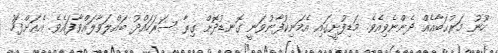
ހޫނު މަރުޙަބާއެއް ދެންނެވިއެވެ. މަޑިފުށީގައި އެމަނިކުފާނުވަނީ ގޮނޑުދޮށް ގިރާ ސަރަހައްދު ބައްލަވާލައްވާފައެވެ. އެއަށްފަހު